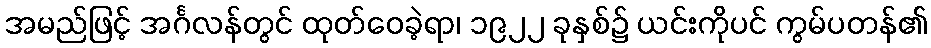
အမည်ဖြင့် အင်္ဂလန်တွင် ထုတ်ဝေခဲ့ရာ၊ ၁၉၂၂ ခုနှစ်၌ ယင်းကိုပင် ကွမ်ပတန်၏